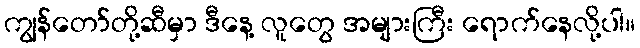
ကျွန်တော်တို့ဆီမှာ ဒီနေ့ လူတွေ အများကြီး ရောက်နေလို့ပါ။